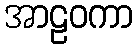
အာဠဝကာ